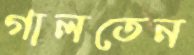
গালতেন